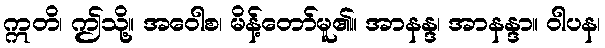
ဣတိ၊ ဤသို့။ အဝေါစ၊ မိန့်တော်မူ၏။ အာနန္ဒ၊ အာနန္ဒာ။ ဝါပန၊